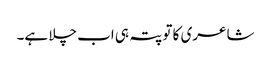
شاعری کا تو پتہ ہی اب چلا ہے۔